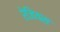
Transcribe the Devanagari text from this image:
रेजियस